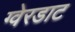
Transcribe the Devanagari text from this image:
ग्वेरडाट